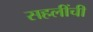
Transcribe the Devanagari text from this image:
सहलींची